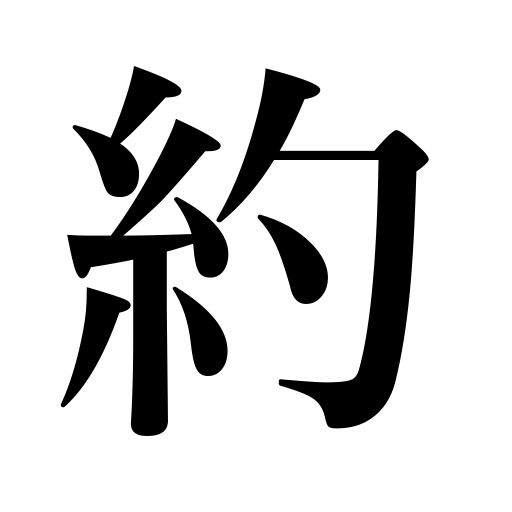
Meanings: promise,abridgment,approximately,vow